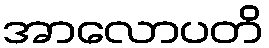
အာလောပတိ